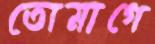
তোমাগে